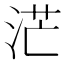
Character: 𱦡